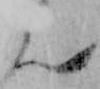
ん